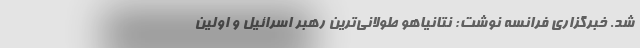
شد. خبرگزاری فرانسه نوشت: نتانیاهو طولانی‌ترین رهبر اسرائیل و اولین